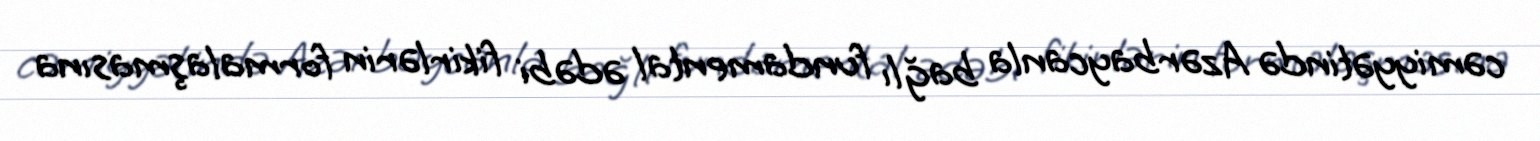
cəmiyyətində Azərbaycanla bağlı fundamental ədəbi fikirlərin formalaşmasına